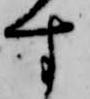
す